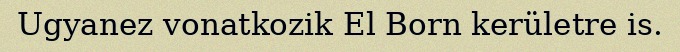
Ugyanez vonatkozik El Born kerületre is.